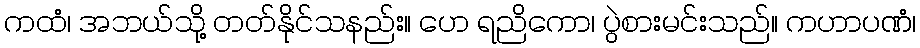
ကထံ၊ အဘယ်သို့ တတ်နိုင်သနည်း။ ဟေ ရညိကော၊ ပွဲစားမင်းသည်။ ကဟာပဏံ၊